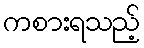
ကစားရသည့်